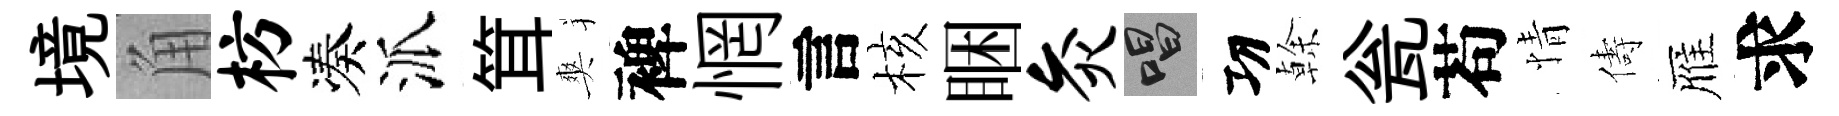
境角枋凑派䇯爽裨惘言核睏灸唱㓛𠏉瓮苟情儔雁求